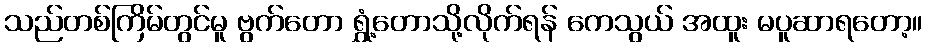
သည်တစ်ကြိမ်တွင်မူ ဗွက်တော ရွှံ့တောသို့လိုက်ရန် ကေသွယ် အထူး မပူဆာရတော့။